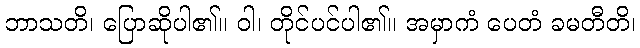
ဘာသတိ၊ ပြောဆိုပါ၏။ ဝါ၊ တိုင်ပင်ပါ၏။ အမှာကံ ပေတံ ခမတီတိ၊